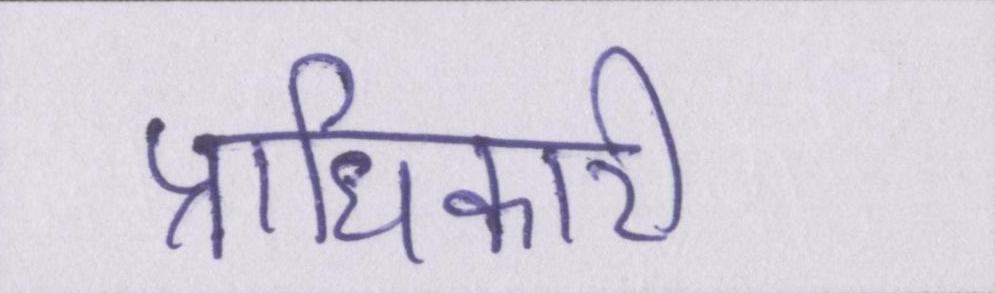
प्राधिकारी